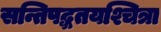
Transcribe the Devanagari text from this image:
सन्तिपद्धतयश्चित्रा